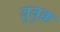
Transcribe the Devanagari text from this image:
ब्रुबुक्क